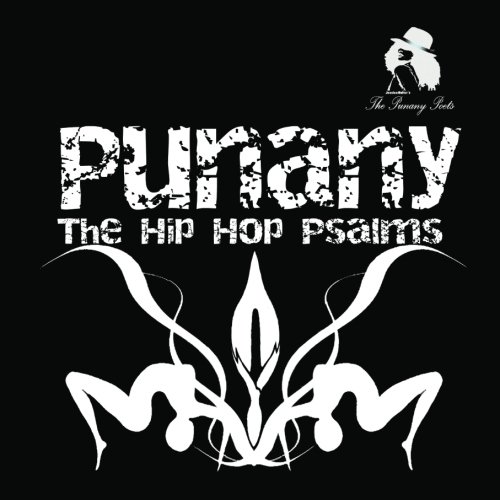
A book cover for Punany : The Hip Hop Psalms (New Classic - Color); Jessica Holter; Romance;